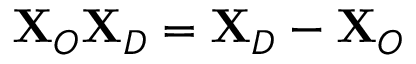
\mathbf { X } _ { O } \mathbf { X } _ { D } = \mathbf { X } _ { D } - \mathbf { X } _ { O }